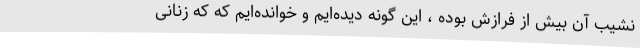
نشیب آن بیش از فرازش بوده ، این گونه دیده‌ایم و خوانده‌ایم که که زنانی